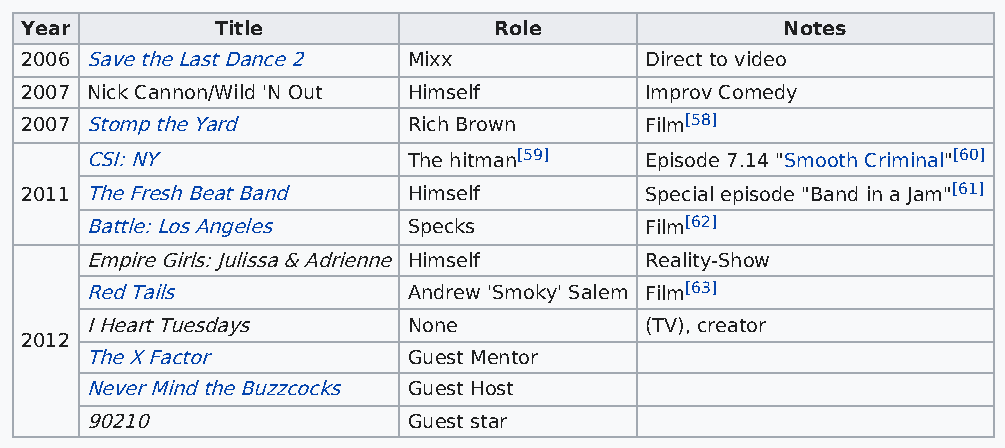
Year         Title              Role               Notes
 2006 Save the Last Dance 2 Mixx           Direct to video
 2007 Nick Cannon/Wild 'N Out Himself      Improv Comedy
 2007 Stomp the Yard       Rich Brown      Film[58]
 CSI: NY              The hitman[59]  Episode 7.14 "Smooth Criminal"[60]
 2011 The Fresh Beat Band  Himself         Special episode "Band in a Jam"[61]
 Battle: Los Angeles  Specks          Film[62]
 Empire Girls: Julissa & Adrienne Himself Reality-Show
 Red Tails            Andrew 'Smoky' Salem Film[63]
 I Heart Tuesdays     None            (TV), creator
 2012
 The X Factor         Guest Mentor
 Never Mind the Buzzcocks Guest Host
 90210                Guest star